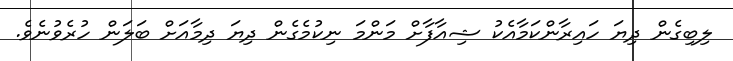
ލިބިގެން ދިޔަ ހައިރާންކަމާއެކު ޝިއާފާށް މަންމަ ނިކުމެގެން ދިޔަ ދިމާއަށް ބަލަން ހުރެވުނެވެ.